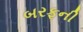
બરફની